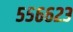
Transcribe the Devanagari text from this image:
५५६६२३